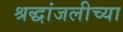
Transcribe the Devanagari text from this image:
श्रद्धांजलीच्या